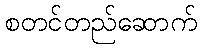
စတင်တည်ဆောက်